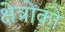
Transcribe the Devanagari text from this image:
क्षेत्रोंको